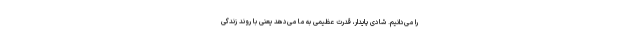
را می‌دانیم. شادی پایدار، قدرت عظیمی به ما می‌دهد یعنی با روند زندگی